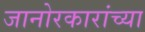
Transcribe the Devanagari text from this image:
जानोरकारांच्या